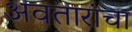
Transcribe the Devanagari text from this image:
अवतारांचा